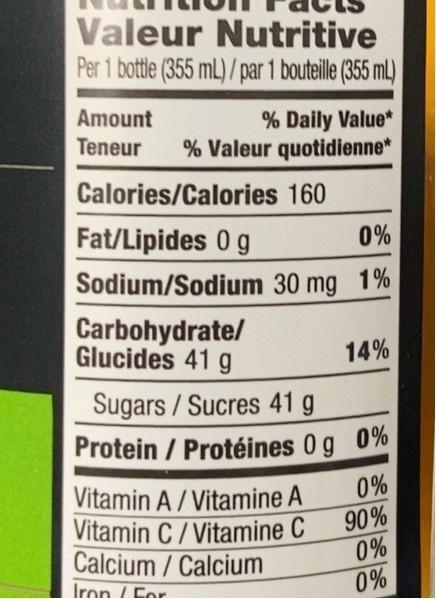
Valeur Nutritive Per 1 bottle (355 mL) / par 1 bouteill (355 mL)
Amount
% Daily Value* % Valeur quotidienne*
Teneur
Calories/Calories 160
Fat/Lipides 0 g
0%
Sodium/Sodium 30 mg 1%
Carbohydrate/ Glucides 41 g
14%
Sugars / Sucres 41 g Protein / Protéines 0 g 0%
Vitamin A/ Vitamine A Vitamin C/Vitamine C Calcium / Calcium Iron / For
0% 90% 0%
0%